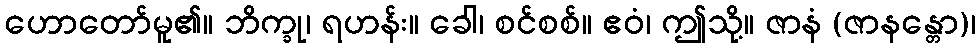
ဟောတော်မူ၏။ ဘိက္ခု၊ ရဟန်း။ ခေါ၊ စင်စစ်။ ဧဝံ၊ ဤသို့။ ဇာနံ (ဇာနန္တော)၊